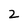
Character: 2